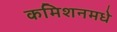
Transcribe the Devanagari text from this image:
कमिशनमधे